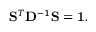
\mathbf { S } ^ { T } \mathbf { D } ^ { - 1 } \mathbf { S } = \mathbf { 1 } .